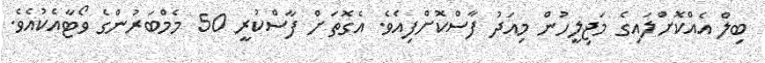
ބިލް އެއްކޮށްލައިގެ މަޖިލީހުން މިއަދު ފާސްކޮށްފިއެވެ. އެގޮތަށް ފާސްކުރީ 50 މެމްބަރުންގެ ވޯޓާއެކުއެވެ.